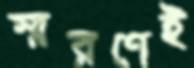
স্মরণেই